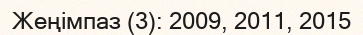
Жеңімпаз (3): 2009, 2011, 2015